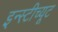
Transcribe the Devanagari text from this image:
इन्स्टीच्यूट